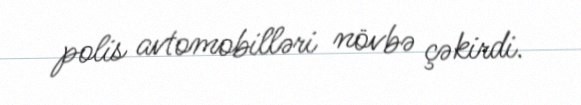
polis avtomobilləri növbə çəkirdi.